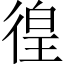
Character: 徨